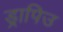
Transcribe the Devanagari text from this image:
ड्रापिउ